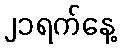
၂၁ရက်နေ့